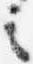
言